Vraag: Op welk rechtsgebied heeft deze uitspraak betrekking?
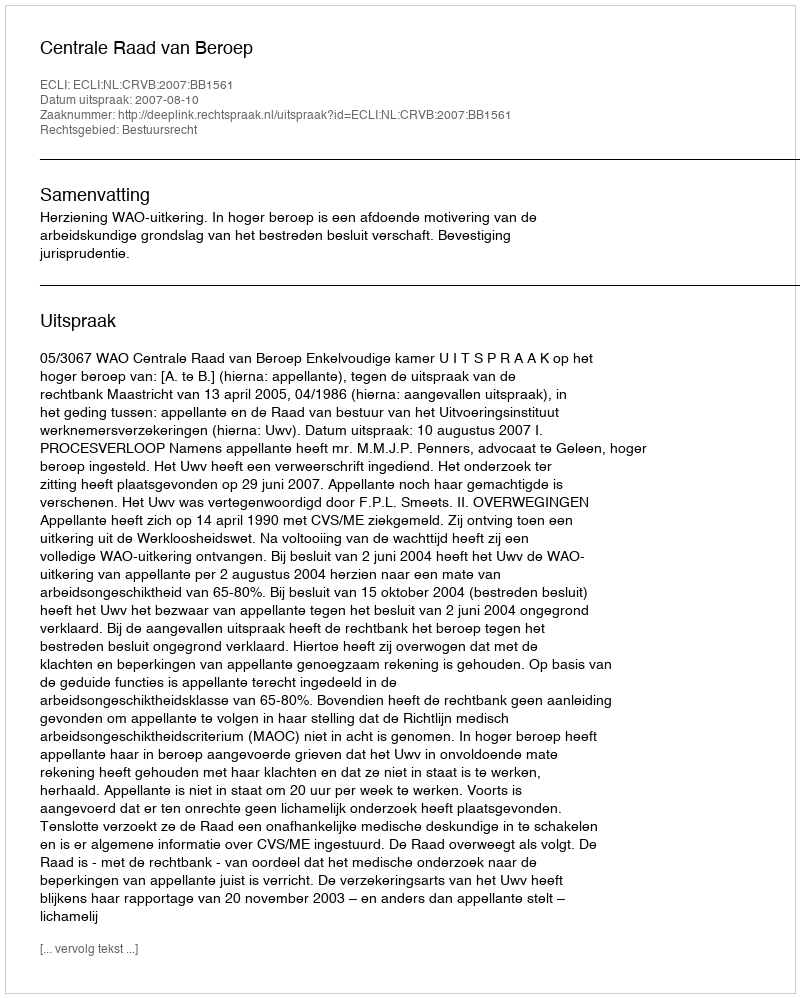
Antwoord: Bestuursrecht